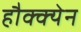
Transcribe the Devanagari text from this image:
हौक्क्येन